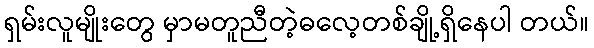
ရှမ်းလူမျိုးတွေ မှာမတူညီတဲ့ဓလေ့တစ်ချို့ရှိနေပါ တယ်။